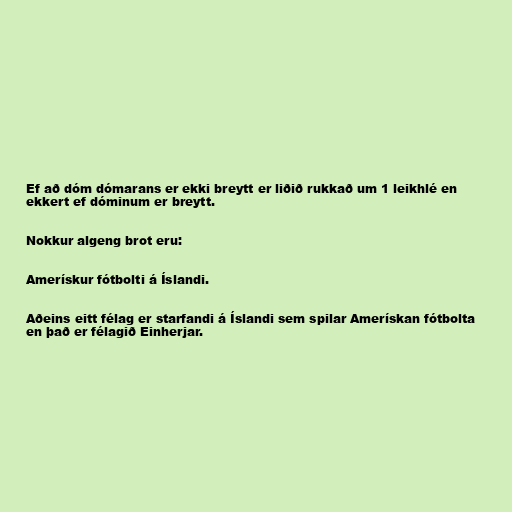
Ef að dóm dómarans er ekki breytt er liðið rukkað um 1 leikhlé en
ekkert ef dóminum er breytt.

Nokkur algeng brot eru:

Amerískur fótbolti á Íslandi.

Aðeins eitt félag er starfandi á Íslandi sem spilar Amerískan fótbolta
en það er félagið Einherjar.